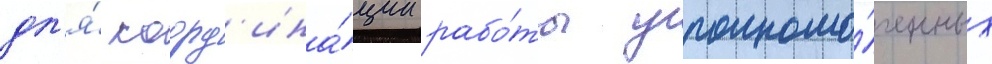
дл'я́ коорд'ина́ции рабо́ты уполномо́ченных